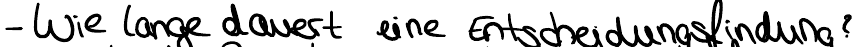
- Wie lange dauert eine Entscheidungsfindung?